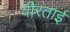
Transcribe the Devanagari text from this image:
वीरताई